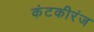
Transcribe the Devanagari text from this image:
कंटकीरंज